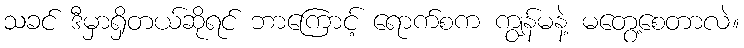
သခင် ဒီမှာရှိတယ်ဆိုရင် ဘာကြောင့် ရောက်စက ကျွန်မနဲ့ မတွေ့စေတာလဲ။